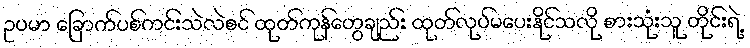
ဥပမာ ခြောက်ပစ်ကင်းသဲလဲစင် ထုတ်ကုန်တွေချည်း ထုတ်လုပ်မပေးနိုင်သလို စားသုံးသူ တိုင်းရဲ့